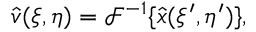
\hat { v } ( \xi , \eta ) = \mathcal { F } ^ { - 1 } \{ \hat { x } ( \xi ^ { \prime } , \eta ^ { \prime } ) \} ,